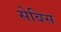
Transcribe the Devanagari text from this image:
सेविस